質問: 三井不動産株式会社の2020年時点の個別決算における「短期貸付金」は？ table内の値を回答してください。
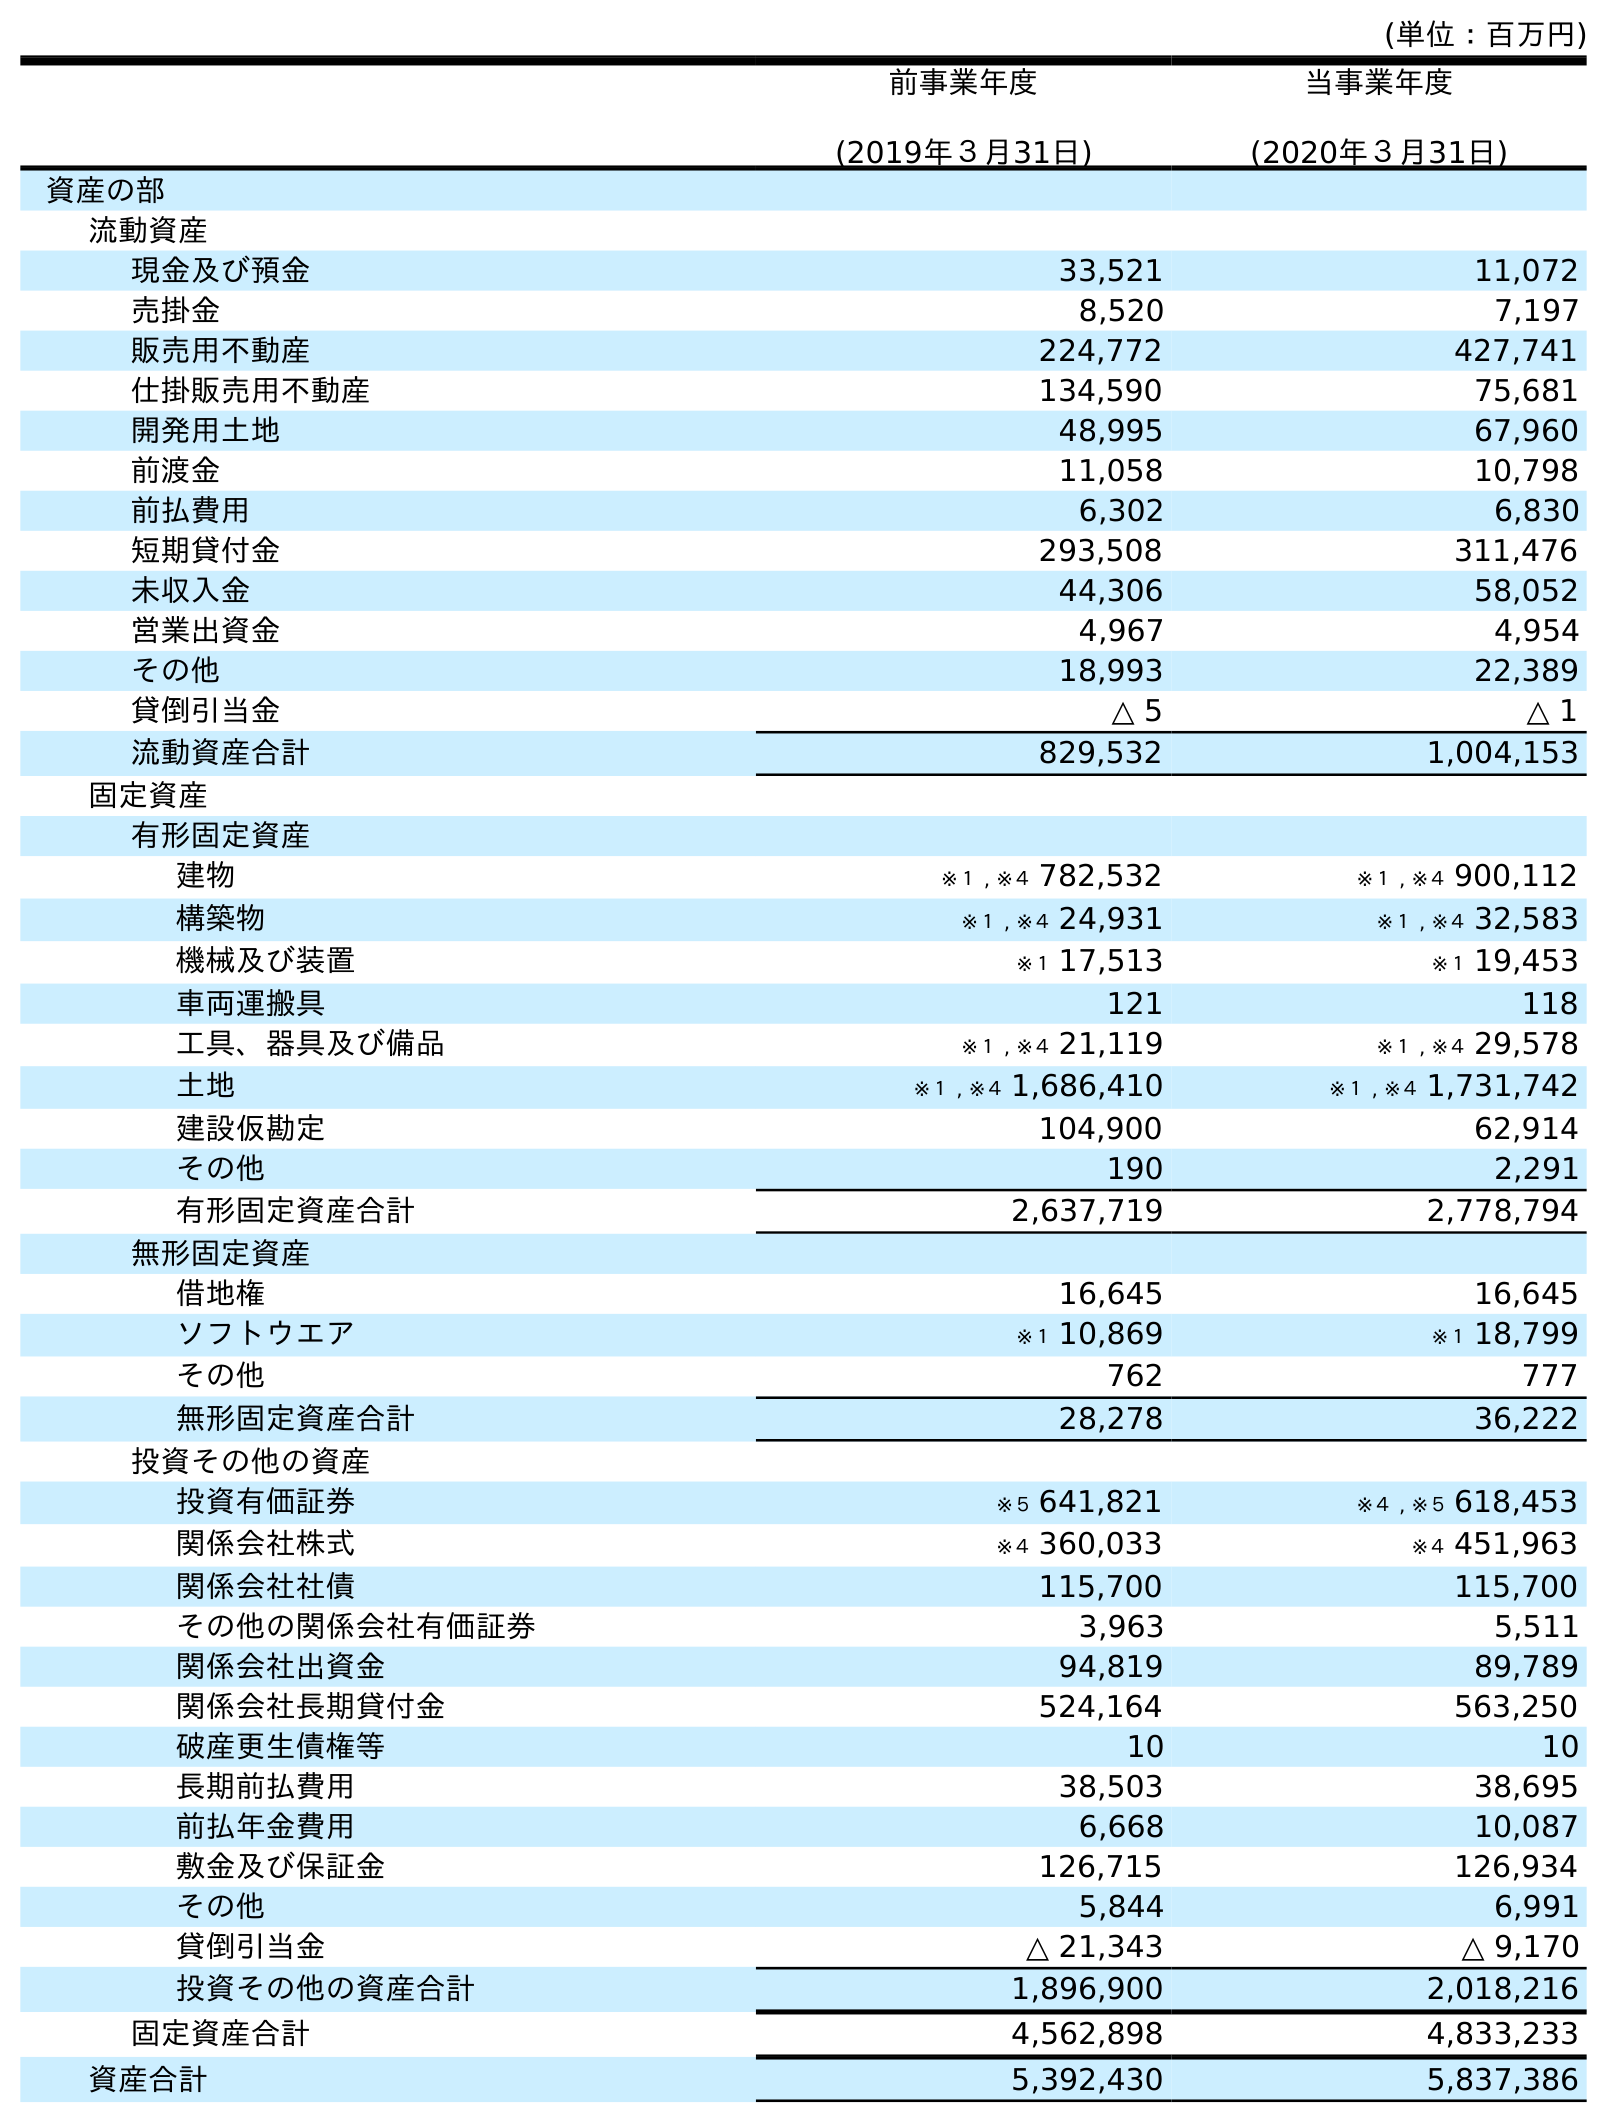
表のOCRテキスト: (単位：百万円) 前事業年度 (2019年３月31日) 当事業年度 (2020年３月31日) 資産の部 流動資産 現金及び預金 33,521 11,072 売掛金 8,520 7,197 販売用不動産 224,772 427,741 仕掛販売用不動産 134,590 75,681 開発用土地 48,995 67,960 前渡金 11,058 10,798 前払費用 6,302 6,830 短期貸付金 293,508 311,476 未収入金 44,306 58,052 営業出資金 4,967 4,954 その他 18,993 22,389 貸倒引当金 △ 5 △ 1 流動資産合計 829,532 1,004,153 固定資産 有形固定資産 建物 ※１ , ※４ 782,532 ※１ , ※４ 900,112 構築物 ※１ , ※４ 24,931 ※１ , ※４ 32,583 機械及び装置 ※１ 17,513 ※１ 19,453 車両運搬具 121 118 工具、器具及び備品 ※１ , ※４ 21,119 ※１ , ※４ 29,578 土地 ※１ , ※４ 1,686,410 ※１ , ※４ 1,731,742 建設仮勘定 104,900 62,914 その他 190 2,291 有形固定資産合計 2,637,719 2,778,794 無形固定資産 借地権 16,645 16,645 ソフトウエア ※１ 10,869 ※１ 18,799 その他 762 777 無形固定資産合計 28,278 36,222 投資その他の資産 投資有価証券 ※５ 641,821 ※４ , ※５ 618,453 関係会社株式 ※４ 360,033 ※４ 451,963 関係会社社債 115,700 115,700 その他の関係会社有価証券 3,963 5,511 関係会社出資金 94,819 89,789 関係会社長期貸付金 524,164 563,250 破産更生債権等 10 10 長期前払費用 38,503 38,695 前払年金費用 6,668 10,087 敷金及び保証金 126,715 126,934 その他 5,844 6,991 貸倒引当金 △ 21,343 △ 9,170 投資その他の資産合計 1,896,900 2,018,216 固定資産合計 4,562,898 4,833,233 資産合計 5,392,430 5,837,386
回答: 311,476